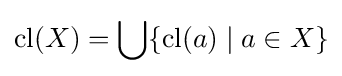
{\text{cl}}(X)=\bigcup \{{\text{cl}}(a)\mid a\in X\}